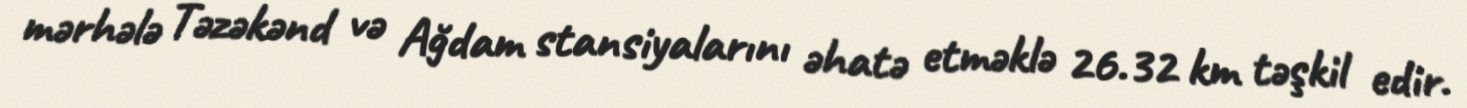
mərhələ Təzəkənd və Ağdam stansiyalarını əhatə etməklə 26.32 km təşkil edir.